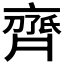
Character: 𬹱